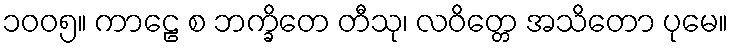
၁၀၀၅။ ကာဠေ စ ဘက္ခိတေ တီသု၊ လဝိတ္တေ အသိတော ပုမေ။